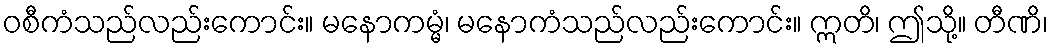
ဝစီကံသည်လည်းကောင်း။ မနောကမ္မံ၊ မနောကံသည်လည်းကောင်း။ ဣတိ၊ ဤသို့။ တီဏိ၊